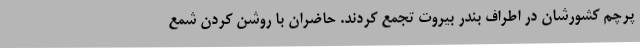
پرچم کشورشان در اطراف بندر بیروت تجمع کردند. حاضران با روشن کردن شمع